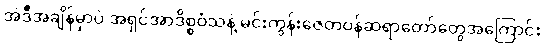
အဲဒီအချိန်မှာပဲ အရှင်အာဒိစ္စဝံသနဲ့ မင်းကွန်းဇေတဝန်ဆရာတော်တွေအကြောင်း